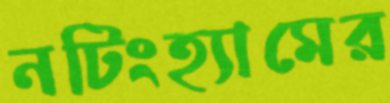
নটিংহ্যামের